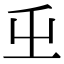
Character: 𭕾